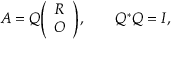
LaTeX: A = Q { \left( \begin{array} { l } { R } \\ { O } \end{array} \right) } , \qquad Q ^ { * } Q = I ,